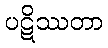
ပဋိဿတာ